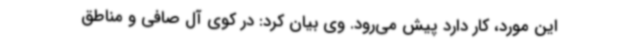
این مورد، کار دارد پیش می‌رود. وی بیان کرد: در کوی آل صافی و مناطق